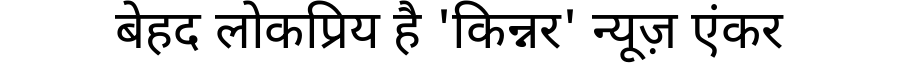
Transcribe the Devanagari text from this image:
बेहद लोकप्रिय है 'किन्नर' न्यूज़ एंकर